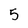
Character: 5